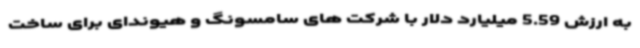
به ارزش 5.59 میلیارد دلار با شرکت های سامسونگ و هیوندای برای ساخت